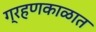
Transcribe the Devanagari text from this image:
ग्रहणकाळात